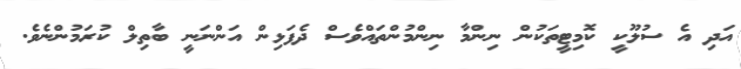
އަދި އެ ސުލޫކީ ކޮމިޓީތަކުން ނިންމާ ނިންމުންތައްވެސް ދެފަޅިން އަންނަނީ ބާތިލް ކުރަމުންނެވެ.